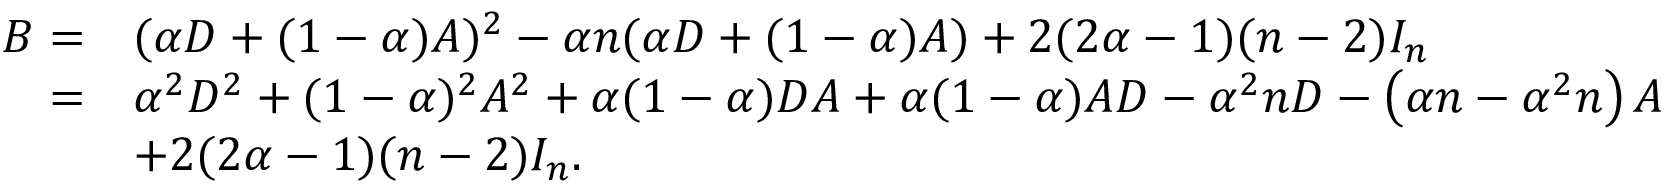
\begin{array} { r l } { B = } & { ( \alpha D + ( 1 - \alpha ) A ) ^ { 2 } - \alpha n ( \alpha D + ( 1 - \alpha ) A ) + 2 ( 2 \alpha - 1 ) ( n - 2 ) I _ { n } } \\ { = } & { \alpha ^ { 2 } D ^ { 2 } + ( 1 - \alpha ) ^ { 2 } A ^ { 2 } + \alpha ( 1 - \alpha ) D A + \alpha ( 1 - \alpha ) A D - \alpha ^ { 2 } n D - \left( \alpha n - \alpha ^ { 2 } n \right) A } \\ & { + 2 ( 2 \alpha - 1 ) ( n - 2 ) I _ { n } . } \end{array}